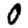
Digit: 0